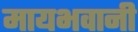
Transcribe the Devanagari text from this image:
मायभवानी